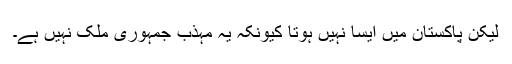
لیکن پاکستان میں ایسا نہیں ہوتا کیونکہ یہ مہذّب جمہوری ملک نہیں ہے۔